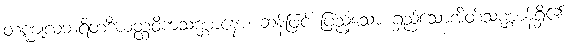
တဏ္ဍုလဘရိတဒီဃတ္ထဝိကသဏ္ဌာနော၊ ဆန်ဖြင့် ပြည့်သော ရှည်သောအိတ်သဏ္ဌာန်ရှိ၏။